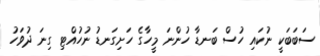
ސަބަބަކީ ނުކައި ހުސް ބަނޑާ ހުންނަ މީހާގެ ހަށިގަނޑު ނުހުއްޓި ގިނަ ދުވަހު